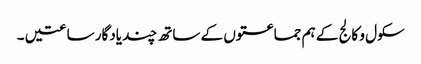
سکول و کالج کے ہم جماعتوں کے ساتھ چند یادگار ساعتیں ۔